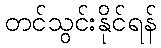
တင်သွင်းနိုင်ရန်